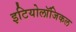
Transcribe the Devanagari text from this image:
इटियोलॉजिकल